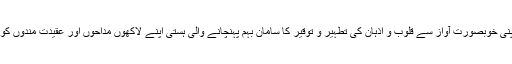
نعت خوانی کی دنیا میں سات عشروں سے زائد اپنی خوبصورت آواز سے قلوب و اذہان کی تطہیر و توقیر کا سامان بہم پہنچانے والی ہستی اپنے لاکھوں مداحوں اور عقیدت مندوں کو سوگوار چھوڑ کر ایک نئی دنیا میں جا بسی ہے۔